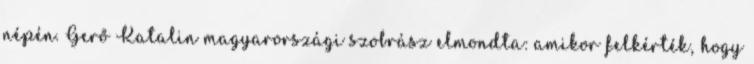
népén. Gerő Katalin magyarországi szobrász elmondta: amikor felkérték, hogy